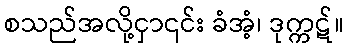
စသည်အလို့ငှာ၎င်း ခံအံ့၊ ဒုက္ကဋ်။